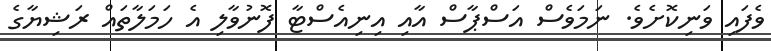
ވެފައި ވަނިކޮށެވެ. ނަމަވެސް އަސްޕާސް އާއި އިނިއެސްޓާ ފޮނުވާލި އެ ހަމަލާތައް ރަޝިޔާގެ